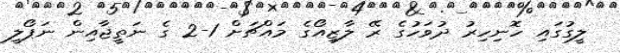
ލީގުގައި ހޮނިހިރު ދުވަހުގެ ރޭ ލާޒިއޯގެ މައްޗަށް 1-2 ގެ ނަތީޖާއިން ނަޕޯލީ